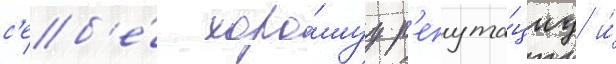
с'еб'е́ хоро́шуу р'епута́циу и́